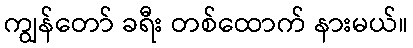
ကျွန်တော် ခရီး တစ်ထောက် နားမယ်။